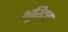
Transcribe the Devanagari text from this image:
भूरिदत्त